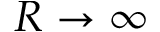
R \rightarrow \infty